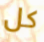
كل